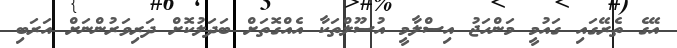
އޭގެ ތެރޭގައި ގައުމީ މަންހަޖު އިސްލާމީ އުސޫލްތަކާ އެއްގޮތަށް ބަދަލުކޮށް ދަރިވަރުންނަށް އަރަބި